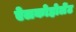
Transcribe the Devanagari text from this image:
ऐलकोहोलेंट